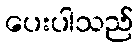
ပေးပါသည်